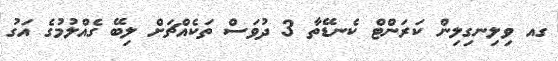
ގއ ވިލިނގިލިން ކަރަންޓް ކެނޑޭތާ 3 ދުވަސް ތަކެއްޗަށް ލިބޭ ގެއްލުމުގެ އަގު